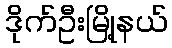
ဒိုက်ဦးမြို့နယ်